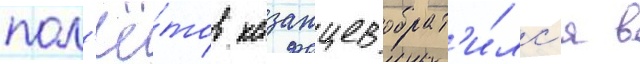
пол'ё́тов казанцев обрат'и́лс'я в